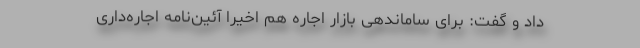
داد و گفت: برای ساماندهی بازار اجاره هم اخیرا آئین‌نامه اجاره‌داری